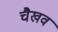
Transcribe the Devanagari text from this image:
चैखव